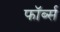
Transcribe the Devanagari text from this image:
फॉर्ब्स